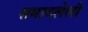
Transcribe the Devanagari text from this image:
समावलेली